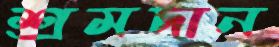
শ্রমদান